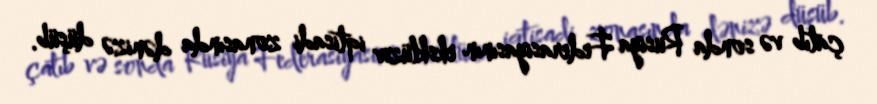
çatıb və sonda Rusiya Federasiyasının eksklüziv iqtisadi zonasında dənizə düşüb.